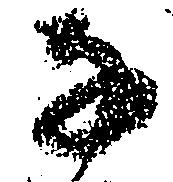
な